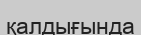
қалдығында